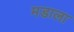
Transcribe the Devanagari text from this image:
मडाला